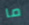
ما